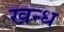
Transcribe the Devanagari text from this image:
खन्ध